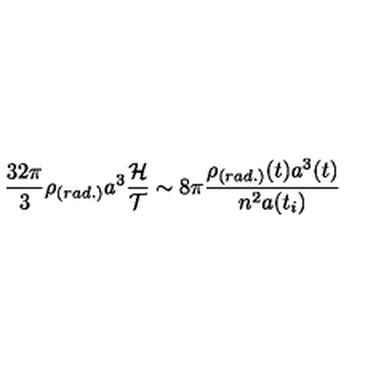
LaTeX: \frac { 3 2 \pi } { 3 } \rho _ { ( r a d . ) } a ^ { 3 } \frac { { \cal H } } { { \cal T } } \sim 8 \pi \frac { \rho _ { ( r a d . ) } ( t ) a ^ { 3 } ( t ) } { n ^ { 2 } a ( t _ { i } ) }